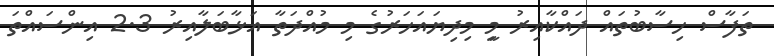
ތަފާސް ހިސާބުތައް ދައްކާއިރު މިީ މިދިޔައަހަރުގެ މި މުއްދަތާ އަޅާބަލާއިރު 2.3 އިންސައްތަ